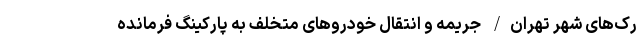
رک‌های شهر تهران/ جریمه و انتقال خودرو‌های متخلف به پارکینگ فرمانده